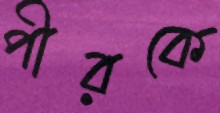
পীরকে